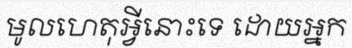
មូលហេតុអ្វីនោះទេ ដោយអ្នក